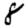
Digit: 8